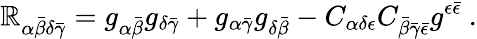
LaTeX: \mathbb{R}_{\alpha{\bar{{\beta}}}\delta\bar{{\gamma}}}=g_{\alpha{\bar{{\beta}}}}g_{\delta\bar{{\gamma}}}+g_{\alpha\bar{{\gamma}}}g_{\delta{\bar{{\beta}}}}-C_{\alpha\delta\epsilon}C_{{\bar{{\beta}}}\bar{{\gamma}}\bar{{\epsilon}}}g^{\epsilon\bar{{\epsilon}}}\ .